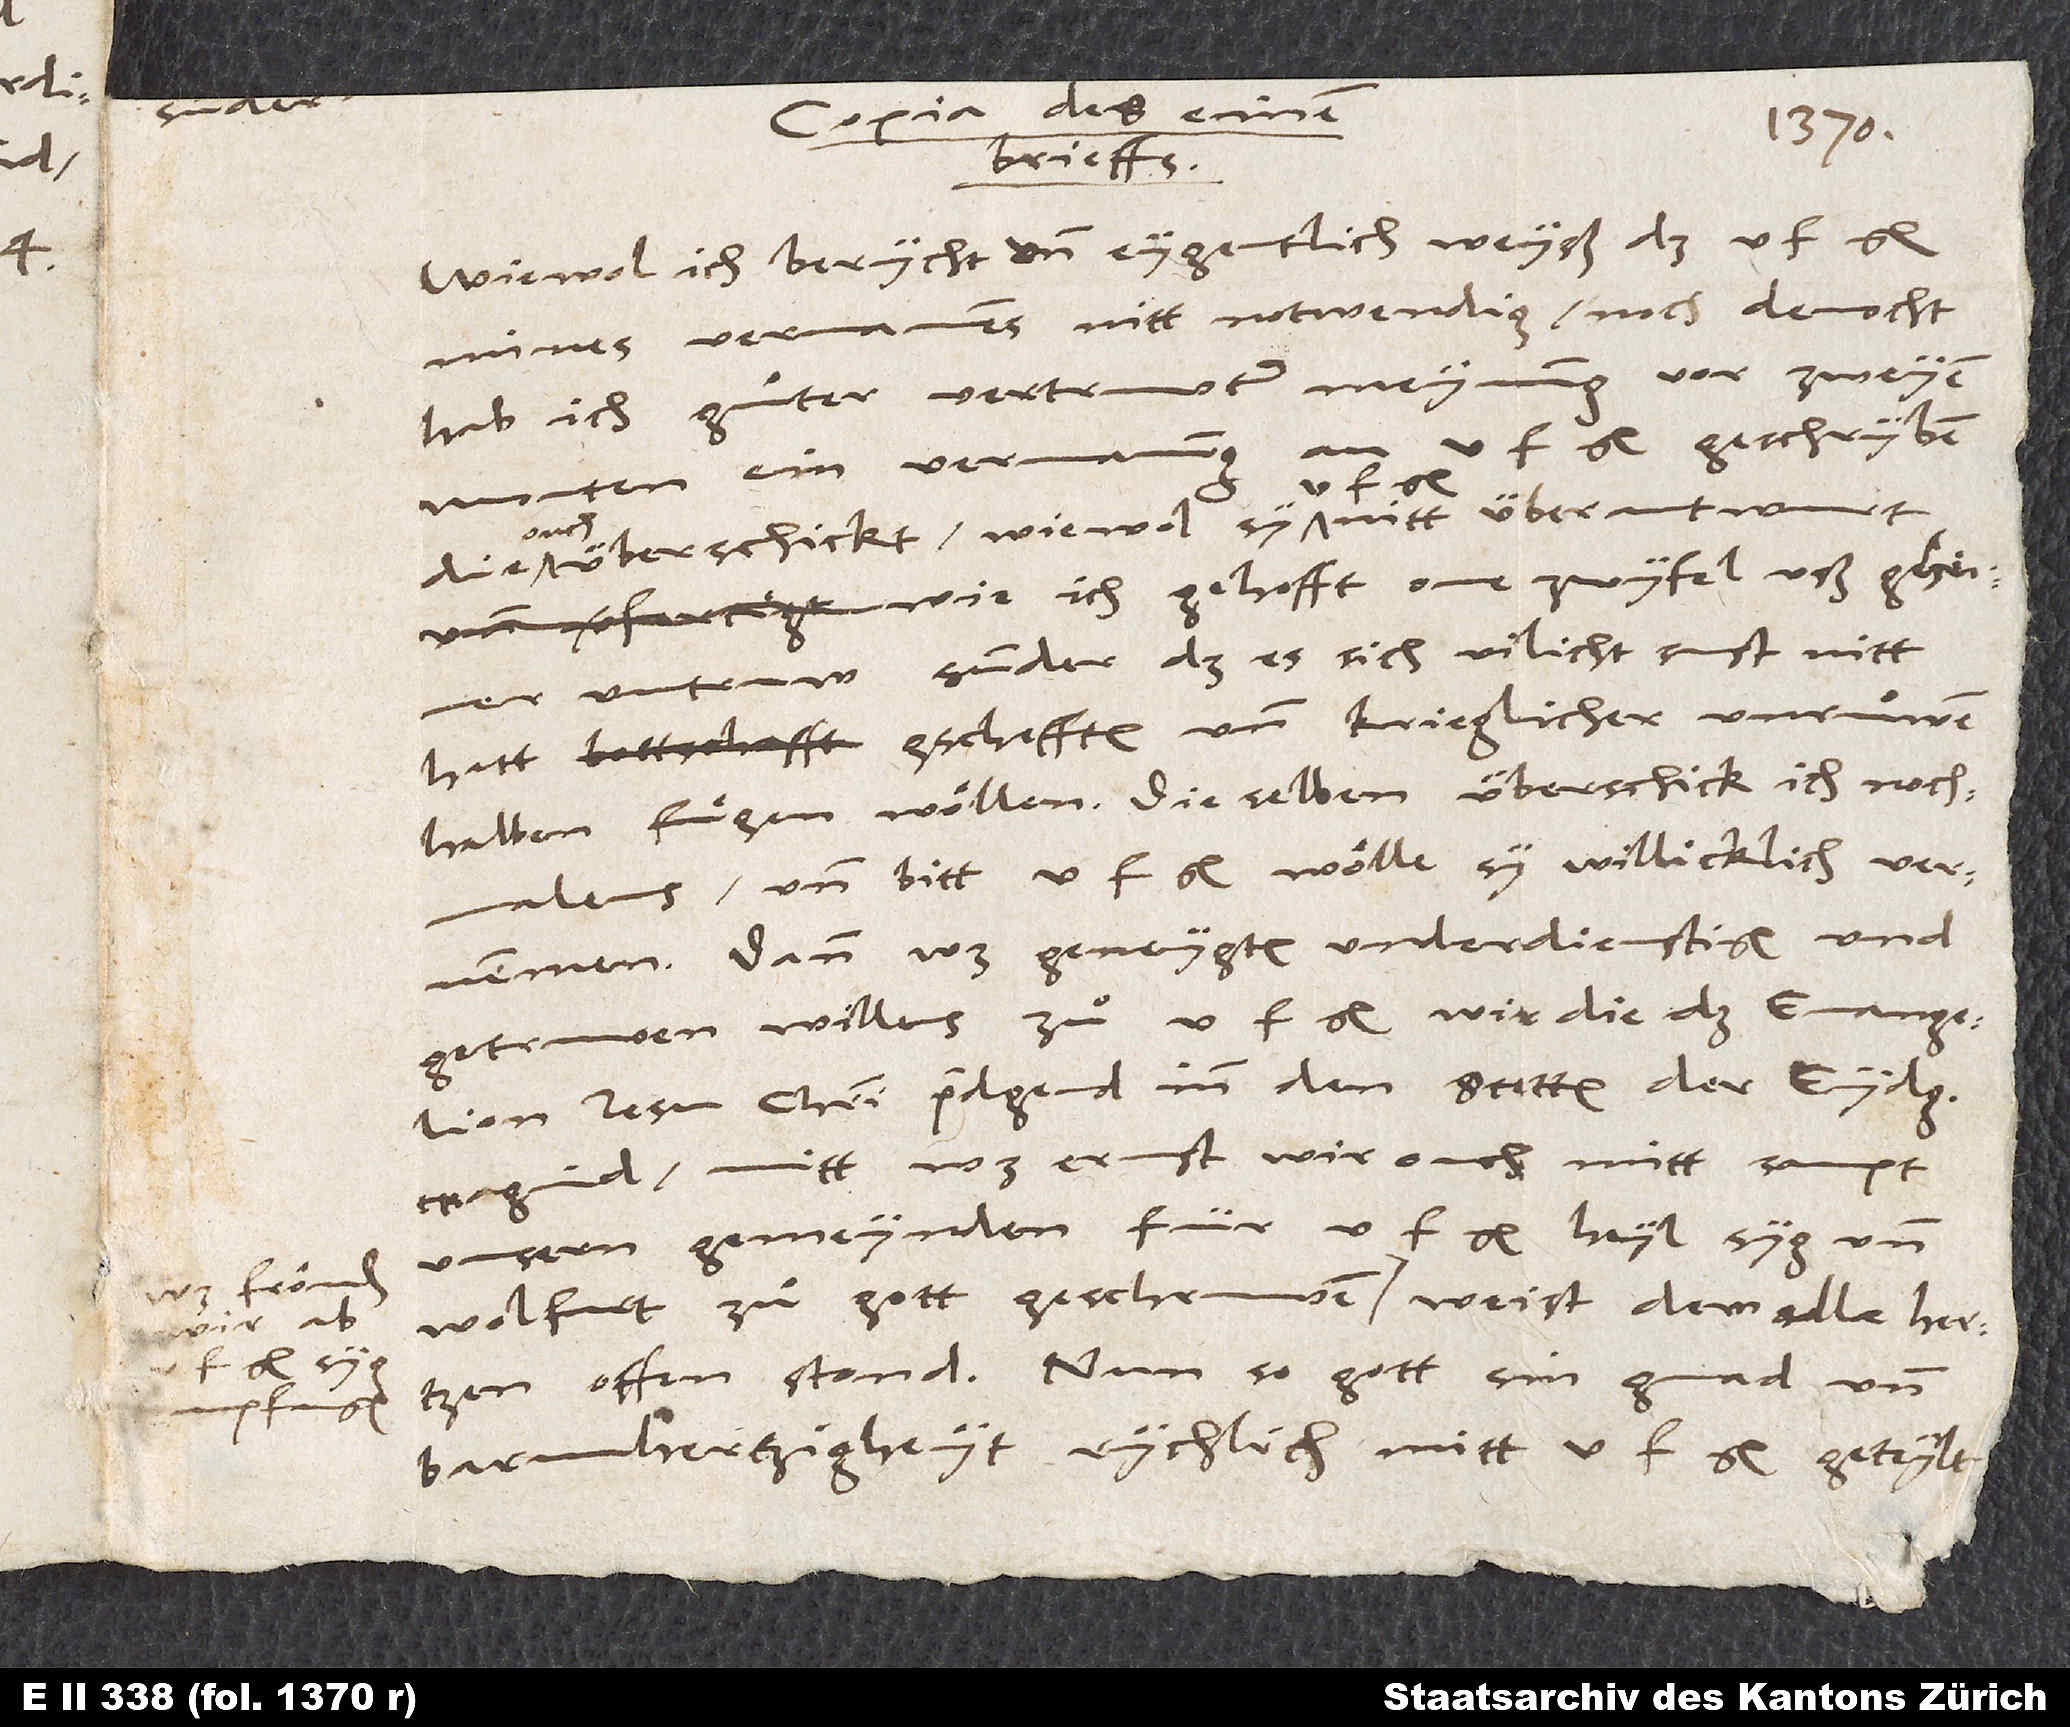
Wiewol ich berycht und eygentlich weyß, daß u